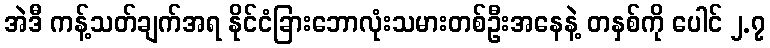
အဲဒီ ကန့်သတ်ချက်အရ နိုင်ငံခြားဘောလုံးသမားတစ်ဦးအနေနဲ့ တနှစ်ကို ပေါင် ၂.၇